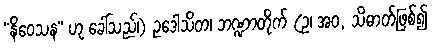
“နိဝေသန” ဟု ခေါ်သည်၊) ဥဒေါသိတ၊ ဘဏ္ဍာတိုက် (ဥ၊ အဝ, သိဓာတ်ဖြစ်၍